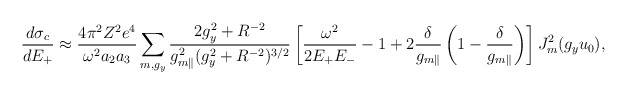
\begin{align*} \frac{d\sigma _c}{dE_{+}}\approx \frac{4\pi ^2Z^2e^4}{\omega ^2a_2a_3 }\sum_{m,g_y}\frac{2g_{y}^2+R^{-2}}{g_{m\parallel}^2(g_y^2+R^{-2})^{3/2}}\left[\frac{\omega ^2 }{2E_{+}E_{-}}-1+2\frac{\delta}{g_{m\parallel}}\left( 1-\frac{\delta }{g_{m\parallel}} \right)\right] J_{m}^{2}(g_yu_{0}),\end{align*}